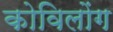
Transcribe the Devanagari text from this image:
कोविलोंग